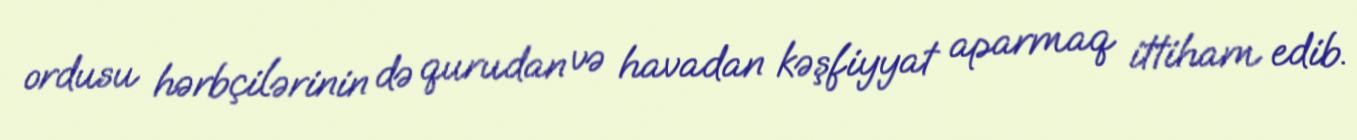
ordusu hərbçilərinin də qurudan və havadan kəşfiyyat aparmaq ittiham edib.